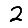
Digit: 2